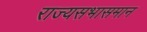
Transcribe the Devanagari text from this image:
राज्यसभासमान